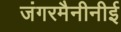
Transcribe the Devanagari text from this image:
जंगरमैनीनीई